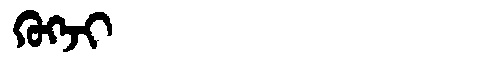
Manchu: ᡴᡠᡴᠵᡳ
Romanization: KUKJI